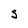
Character: S